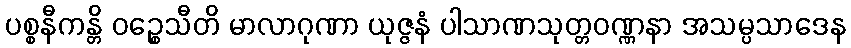
ပစ္စနီကန္တိ ဝဉ္စေသီတိ မာလာဂုဏာ ယုဇ္ဇနံ ပါသာဏသုတ္တဝဏ္ဏနာ အသမ္ပသာဒေန